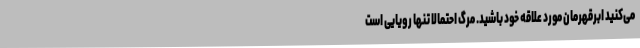
می‌کنید ابرقهرمان مورد علاقه خود باشید. مرگ احتمالاً تنها رویایی است